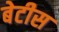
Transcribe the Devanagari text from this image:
बेटीस